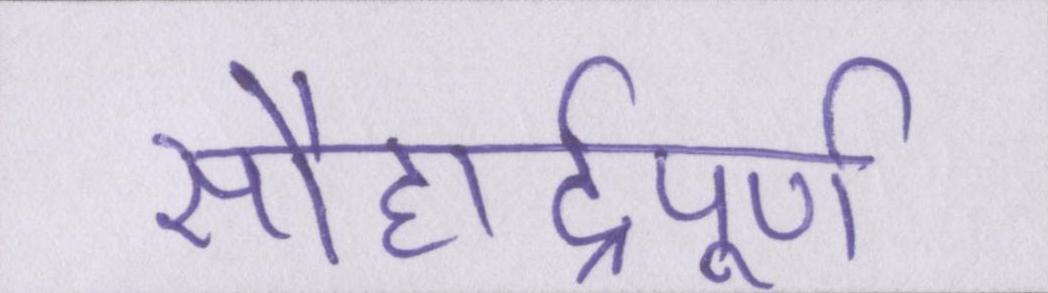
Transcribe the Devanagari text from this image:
सौहार्द्रपूर्ण